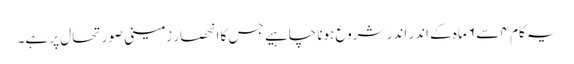
یہ کام ۴ سے ۶ ماہ کے اندر اندر شروع ہونا چاہیے جس کا انحصار زمینی صورتحال پر ہے۔